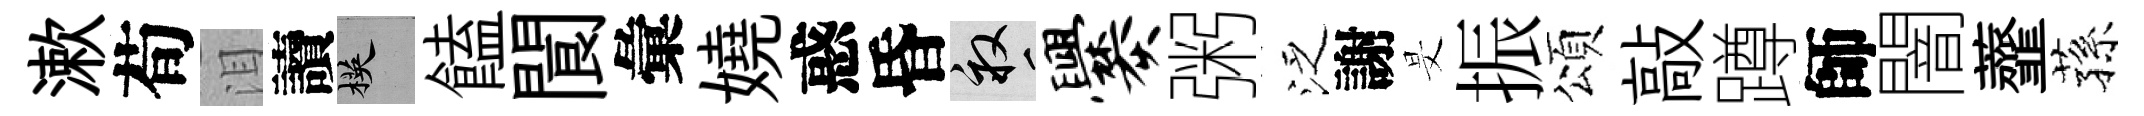
漱荀泪讀楧饁閬彙嬈惑昏畝爨粥泛謝旻振頌敲蹲師闇虀蓀